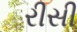
રીસી